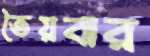
তৈয়বার